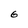
Character: 6